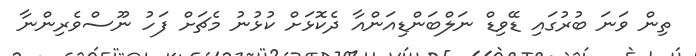
ތިން ވަނަ ބުރުގައި ޑޭވިޑް ނަލްބަންޑިއަންއާ ދެކޮޅަށް ކުޅުނު މެޗަށް ފަހު ނޫސްވެރިންނާ